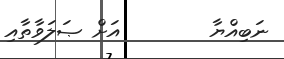
ނަބިއްޔާ        އަށް ޞަލަވާތާއި